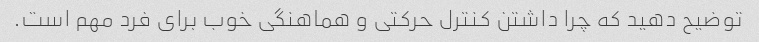
توضیح دهید که چرا داشتن کنترل حرکتی و هماهنگی خوب برای فرد مهم است.